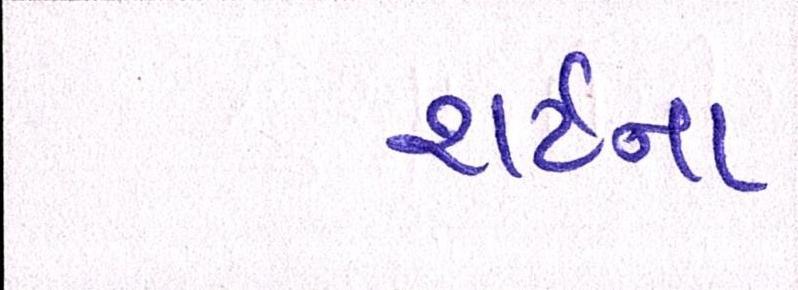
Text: શર્ટનાં